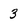
Character: 3